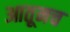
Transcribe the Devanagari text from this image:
आतूनच